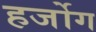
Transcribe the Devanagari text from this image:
हर्जोग